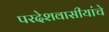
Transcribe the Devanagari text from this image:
परदेशवासीयांचे